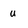
Character: u